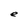
Character: e